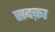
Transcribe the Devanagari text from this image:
सदक़ा